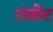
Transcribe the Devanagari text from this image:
रालेट